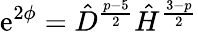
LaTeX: \mathrm{e}^{2\phi}=\hat{{D}}^{\frac{{p-5}}{{2}}}\hat{{H}}^{\frac{{3-p}}{{2}}}